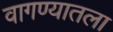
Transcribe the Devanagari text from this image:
वागण्यातला